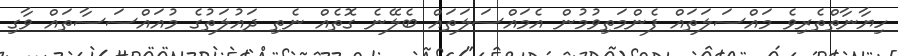
ހިޔާނާތްތެރިވެ މައްސަލަތައް ފެންމަތިވުމުން އެމައްސަލަތައް ބެލޭނެ ގޮތެއް ނެތި ދައުލަތުގެ މުއައްސަސާތައް ވާގި